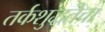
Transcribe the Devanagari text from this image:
तर्कशुद्धतेचा